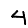
Digit: 4